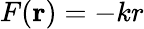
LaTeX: F(\mathbf{r})=-kr